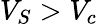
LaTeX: V_{S}>V_{c}